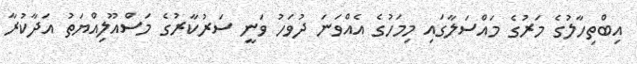
އިބްތިހާލުގެ މަރުގެ މައްސަލާގައި މިމަހުގެ އެއްވަނަ ދުވަހު ވަނީ ސަރުކާރުގެ މަސްއޫލިއްޔަތު އަދާކުރާ